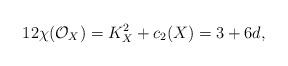
LaTeX: \begin{align*}12\chi(\mathcal{O}_X) =K_X^2 +c_2(X)=3+6d,\end{align*}